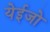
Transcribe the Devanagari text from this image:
येईजो